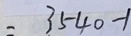
= 3 5 4 0 - 1